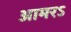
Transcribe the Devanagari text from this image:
आमरऽ